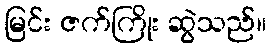
မြင်း ဇက်ကြိုး ဆွဲသည်။